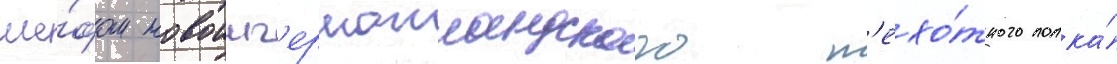
ше́фом новоинг'ерманландского п'ехо́тного полка́